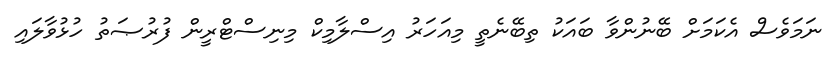
ނަމަވެސް އެކަމަށް ބޭނުންވާ ބައަކު ތިބޭނެތީ މިއަހަރު އިސްލާމިކް މިނިސްޓްރީން ފުރުޞަތު ހުޅުވާލައި